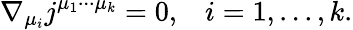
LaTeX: \nabla_{\mu_{i}}j^{\mu_{1}\cdot\cdot\cdot\mu_{k}}=0,\; \; \; i=1,...,k.